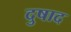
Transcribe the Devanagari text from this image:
दुषाद